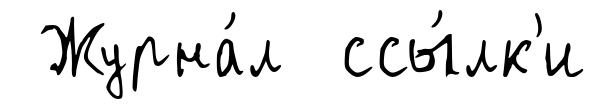
Журна́л ссы́лк'и